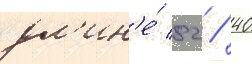
дл'ин'е́ 82 / 40